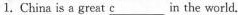
1. China is a great \underline{c}___ in the world.